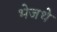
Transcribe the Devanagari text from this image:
भेजथे